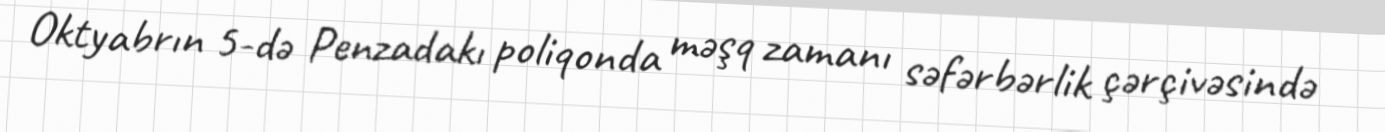
Oktyabrın 5-də Penzadakı poliqonda məşq zamanı səfərbərlik çərçivəsində